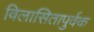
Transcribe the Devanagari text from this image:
विलासितापुर्वक